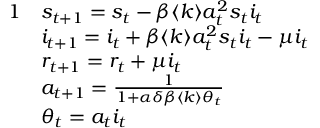
\begin{array} { r l } { { 1 } } & { s _ { t + 1 } = s _ { t } - \beta \langle k \rangle a _ { t } ^ { 2 } s _ { t } i _ { t } } \\ & { i _ { t + 1 } = i _ { t } + \beta \langle k \rangle a _ { t } ^ { 2 } s _ { t } i _ { t } - \mu i _ { t } } \\ & { r _ { t + 1 } = r _ { t } + \mu i _ { t } } \\ & { a _ { t + 1 } = \frac { 1 } { 1 + \alpha \delta \beta \langle k \rangle \theta _ { t } } } \\ & { \theta _ { t } = a _ { t } i _ { t } } \end{array}